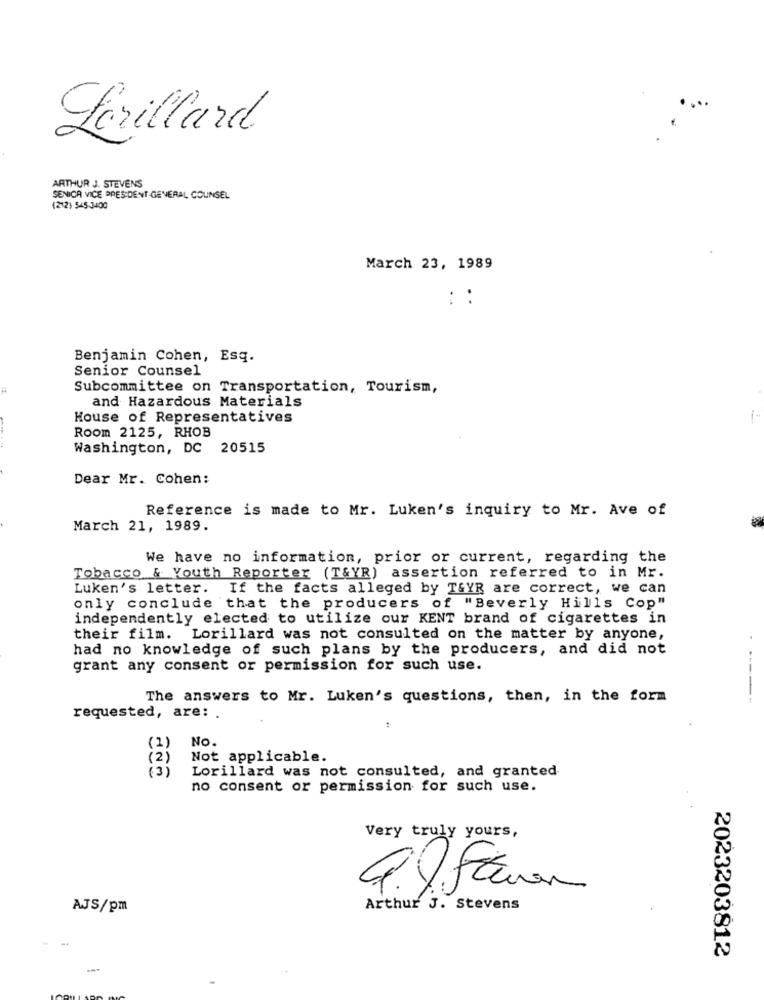
Lorillard
ARTHUR J. STEVENS
SENICA VICE PRESIDENT GENERAL COUNSEL
(212) 545-3400
March 23, 1989
::
Benjamin Cohen, Esq.
Senior Counsel
Subcommittee on Transportation, Tourism,
and Hazardous Materials
House of Representatives
i-
Room 2125, RHOB
Washington, DC 20515
Dear Mr. Cohen:
Reference is made to Mr. Luken's inquiry to Mr. Ave of
March 21, 1989.
We have no information, prior or current, regarding the
Tobacco & Youth Reporter (T&YR) assertion referred to in Mr.
Luken's letter. If the facts alleged by T&YR are correct, we can
only conclude that the producers of "Beverly Hills Cop"
independently elected to utilize our KENT brand of cigarettes in
their film. Lorillard was not consulted on the matter by anyone,
had no knowledge of such plans by the producers, and did not
grant any consent or permission for such use.
The answers to Mr. Luken's questions, then, in the form
requested, are: .
(2)
No.
Not applicable.
(2 )
Lorillard was not consulted, and granted
no consent or permission for such use.
Very truly yours,
AJS/pm
Arthur J. Stevens
2023203812
--